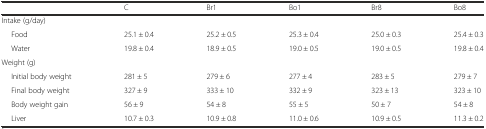
|  | C | Br1 | Bo1 | Br8 | Bo8 |
 | --- | --- | --- | --- | --- | --- |
 | Intake (g/day) |  |  |  |  |  |
 | Food | 25.1 ± 0.4 | 25.2 ± 0.5 | 25.3 ± 0.4 | 25.0 ± 0.3 | 25.4 ± 0.3 |
 | Water | 19.8 ± 0.4 | 18.9 ± 0.5 | 19.0 ± 0.5 | 19.0 ± 0.5 | 19.8 ± 0.4 |
 | Weight (g) |  |  |  |  |  |
 | Initial body weight | 281 ± 5 | 279 ± 6 | 277 ± 4 | 283 ± 5 | 279 ± 7 |
 | Final body weight | 327 ± 9 | 333 ± 10 | 332 ± 9 | 323 ± 13 | 323 ± 10 |
 | Body weight gain | 56 ± 9 | 54 ± 8 | 55 ± 5 | 50 ± 7 | 54 ± 8 |
 | Liver | 10.7 ± 0.3 | 10.9 ± 0.8 | 11.0 ± 0.6 | 10.9 ± 0.5 | 11.3 ± 0.2 |